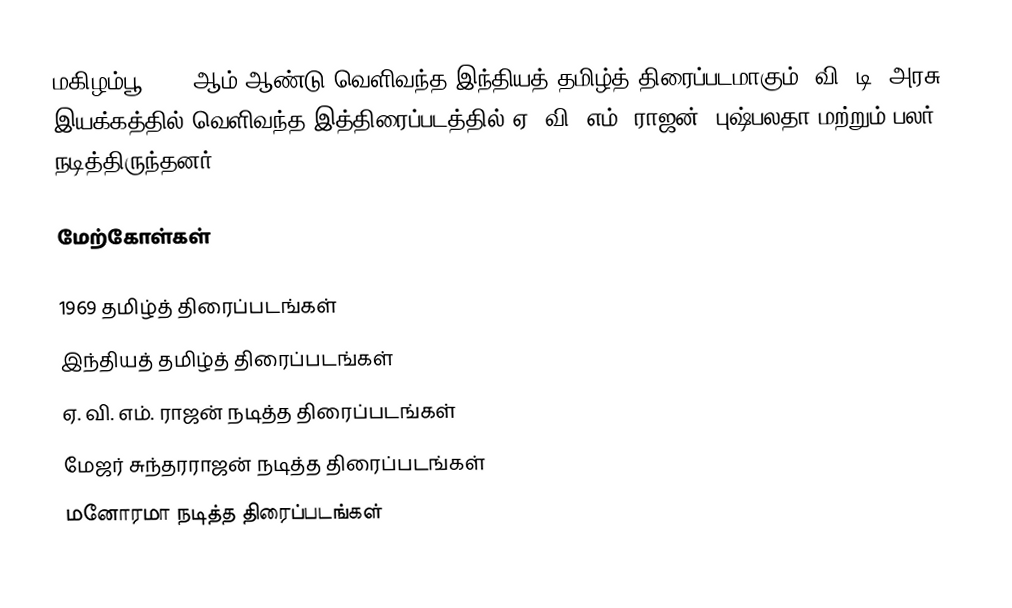
மகிழம்பூ 1969 ஆம் ஆண்டு வெளிவந்த இந்தியத் தமிழ்த் திரைப்படமாகும். வி. டி. அரசு இயக்கத்தில் வெளிவந்த இத்திரைப்படத்தில் ஏ. வி. எம். ராஜன், புஷ்பலதா மற்றும் பலர் நடித்திருந்தனர்.

மேற்கோள்கள்

1969 தமிழ்த் திரைப்படங்கள்
இந்தியத் தமிழ்த் திரைப்படங்கள்
ஏ. வி. எம். ராஜன் நடித்த திரைப்படங்கள்
மேஜர் சுந்தரராஜன் நடித்த திரைப்படங்கள்
மனோரமா நடித்த திரைப்படங்கள்